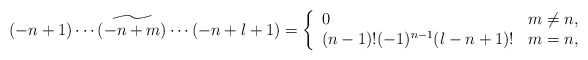
\begin{align*} (-n+1)\cdots\widetilde{(-n+m)}\cdots(-n+l+1)=\left\{\begin{array}{ll} 0 & m\neq n,\\ (n-1)!(-1)^{n-1}(l-n+1)! & m=n,\end{array}\right.\end{align*}